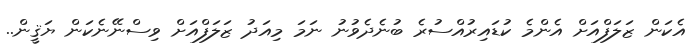
އެކަން ޒަލަފްއަށް އެންމެ ކުޑައިރުއްސުރެ ބުނެދެވުނު ނަމަ މިއަދު ޒަލަފްއަށް ވިސްނޭނެކަން ޔަޤީން..